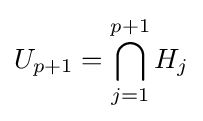
U_{p+1}=\bigcap _{j=1}^{p+1}H_{j}